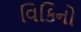
વિકિનો